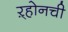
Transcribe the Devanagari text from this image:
ऱ्होनची